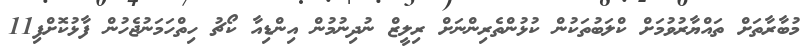
މުބާރާތަށް ތައްޔާރުވުމަށް ކްލަބުތަކުން ކުޅުންތެރިންނަށް ރިލީޒް ނުދިނުމުން އިންޑިއާ ކޯޗު ހިތްހަމަނުޖެހުން ފާޅުކޮށްފި11